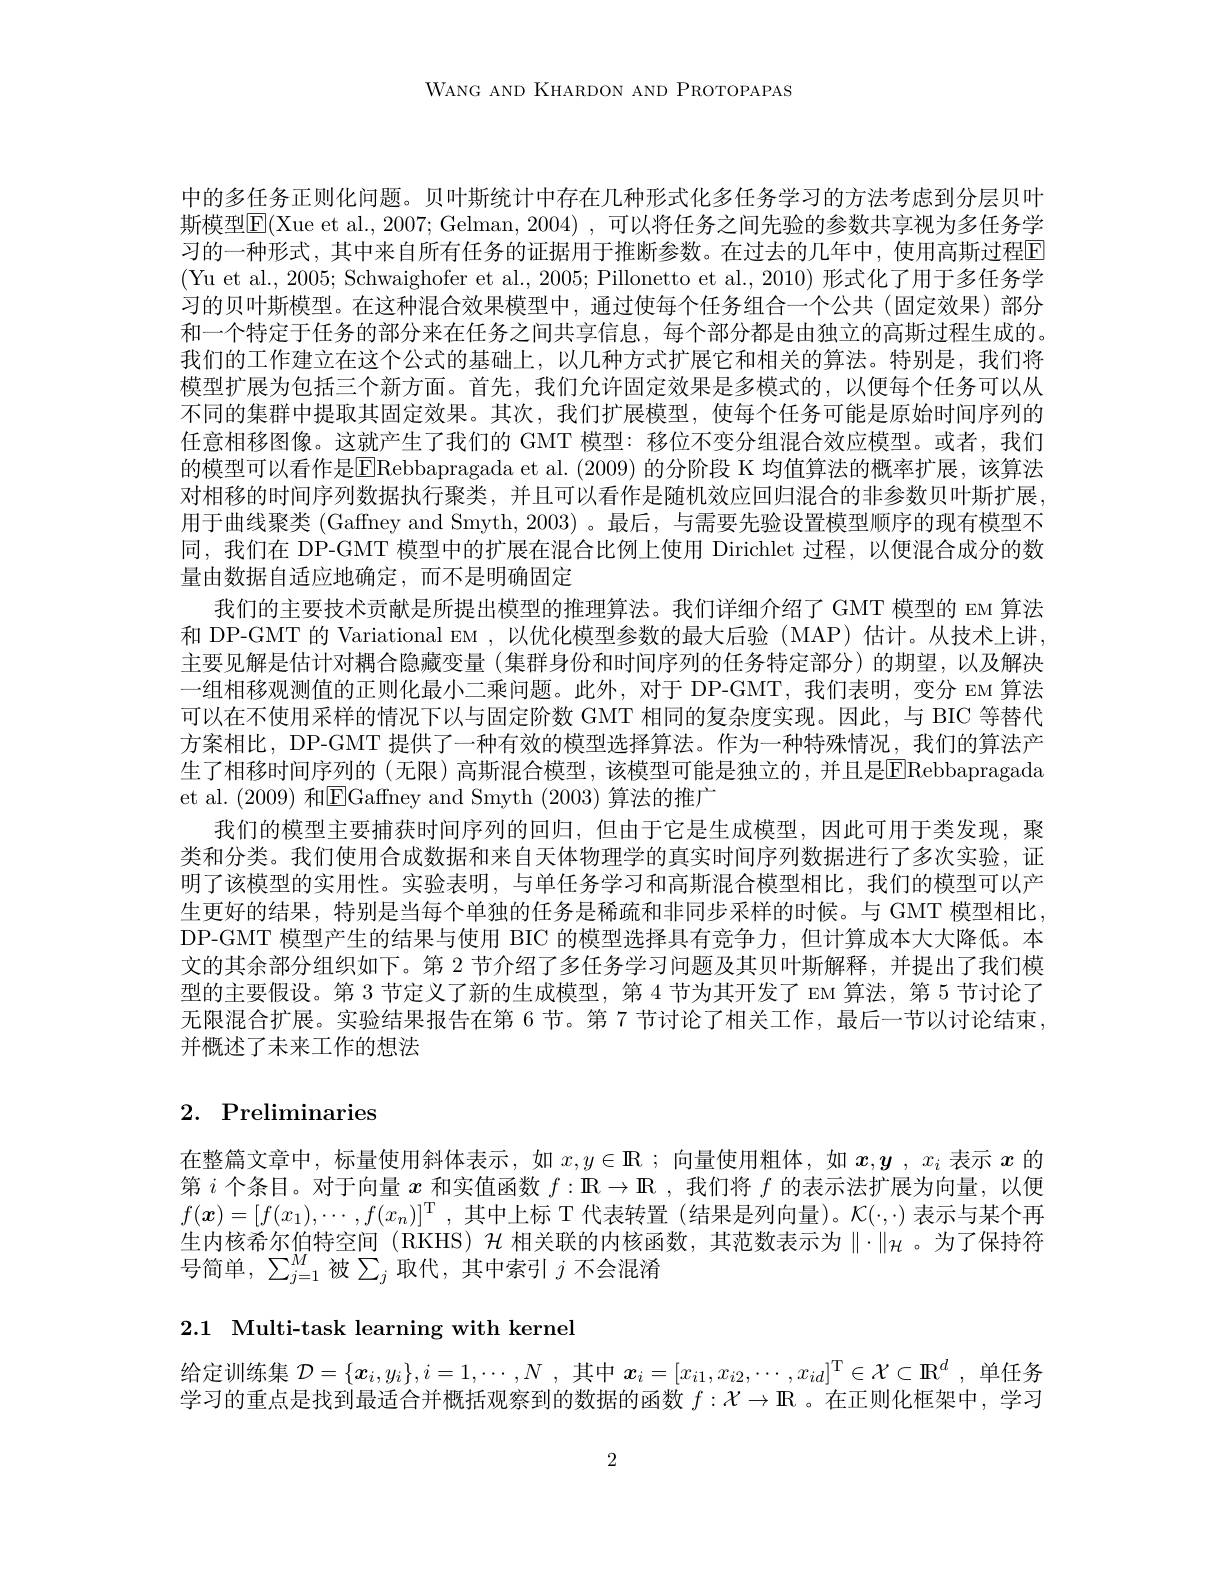
WANG AND KHARDON AND PROTOPAPAS

中的多任务正则化问题。贝叶斯统计中存在几种形式化多任务学习的方法考虑到分层贝叶斯模型|E|(Xue et al., 2007; Gelman, 2004), 可以将任务之间先验的参数共享视为多任务学习的一种形式，其中来自所有任务的证据用于推断参数。在过去的几年中，使用高斯过程E (Yu et al., 2005; Schwaighofer et al., 2005; Pillonetto et al., 2010) 形式化了用于多任务学习的贝叶斯模型。在这种混合效果模型中，通过使每个任务组合一个公共 (固定效果)部分和一个特定于任务的部分来在任务之间共享信息，每个部分都是由独立的高斯过程生成的。我们的工作建立在这个公式的基础上，以几种方式扩展它和相关的算法。特别是，我们将模型扩展为包括三个新方面。首先，我们允许固定效果是多模式的，以便每个任务可以从不同的集群中提取其固定效果。其次，我们扩展模型，使每个任务可能是原始时间序列的任意相移图像。这就产生了我们的 GMT 模型：移位不变分组混合效应模型。或者，我们的模型可以看作是$\overline{\mathrm{E}}$Rebbapragada et al.(2009) 的分阶段 K 均值算法的概率扩展，该算法对相移的时间序列数据执行聚类，并且可以看作是随机效应回归混合的非参数贝叶斯扩展用于曲线聚类 (Gaffney and Smyth, 2003)。最后，与需要先验设置模型顺序的现有模型不同，我们在 DP-GMT 模型中的扩展在混合比例上使用 Dirichlet 过程，以便混合成分的数量由数据自适应地确定，而不是明确固定
我们的主要技术贡献是所提出模型的推理算法。我们详细介绍了 GMT 模型的 EM 算法和 DP-GMT 的 Variational EM , 以优化模型参数的最大后验 (MAP) 估计。从技术上讲， 主要见解是估计对耦合隐藏变量(集群身份和时间序列的任务特定部分)的期望，以及解决一组相移观测值的正则化最小二乘问题。此外，对于 DP-GMT,我们表明，变分 EM 算法可以在不使用采样的情况下以与固定阶数 GMT 相同的复杂度实现。因此，与 BIC 等替代方案相比，DP-GMT 提供了一种有效的模型选择算法。作为一种特殊情况，我们的算法产生了相移时间序列的 (无限)高斯混合模型，该模型可能是独立的，并且是$\boxed{\mathrm{E}}$Rebbapragada et al. (2009)和EGaffney and Smyth (2003)算法的推广
我们的模型主要捕获时间序列的回归，但由于它是生成模型，因此可用于类发现，聚类和分类。我们使用合成数据和来自天体物理学的真实时间序列数据进行了多次实验，证明了该模型的实用性。实验表明，与单任务学习和高斯混合模型相比，我们的模型可以产生更好的结果，特别是当每个单独的任务是稀疏和非同步采样的时候。与 GMT 模型相比， DP-GMT 模型产生的结果与使用 BIC 的模型选择具有竞争力，但计算成本大大降低。本文的其余部分组织如下。第 2 节介绍了多任务学习问题及其贝叶斯解释，并提出了我们模型的主要假设。第 3 节定义了新的生成模型，第 4 节为其开发了 EM 算法，第 5 节讨论了无限混合扩展。实验结果报告在第 6 节。第 7 节讨论了相关工作，最后一节以讨论结束， 并概述了未来工作的想法

# 2. Preliminaries

在整篇文章中，标量使用斜体表示，如$x,y\in\mathbb{R}$ ;向量使用粗体，如$x,\boldsymbol{y}$ ,$x_i$表示$x$的第$i$个条目。对于向量$x$和实值函数$f:\mathbb{R}\to\mathbb{R}$ ,我们将$f$的表示法扩展为向量，以便$f(\boldsymbol{x})=[f(x_1),\cdots,f(x_n)]^{\mathrm{T}}$,其中上标 T 代表转置 (结果是列向量)。$\mathcal{K}(\cdot,\cdot)$表示与某个再生内核希尔伯特空间(RKHS)$\mathcal{H}$ 相关联的内核函数，其范数表示为$\|\cdot\|_\mathcal{H}$。为了保持符号简单，$\sum_j=1^M$被$\sum_j$ 取代，其中索引$j$ 不会混淆

2.1 Multi-task learning with kernel

给定训练集$\mathcal{D}=\{x_i,y_i\},i=1,\cdots,N$ ,其中$\boldsymbol{x}_i= [ x_{i1}, x_{i2}, \cdots , x_{id}] ^{\mathrm{T} }\in \mathcal{X} \subset \mathbb{R} ^d$,单任务学习的重点是找到最适合并概括观察到的数据的函数$f:\mathcal{X}\to\mathbb{R}$ 。在正则化框架中，学习

2